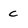
Character: c